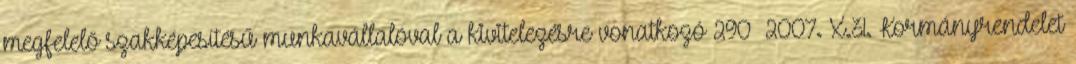
megfelelő szakképesítésű munkavállalóval a kivitelezésre vonatkozó 290 2007. X.31. Kormányrendelet